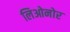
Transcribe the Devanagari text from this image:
लिओनोर